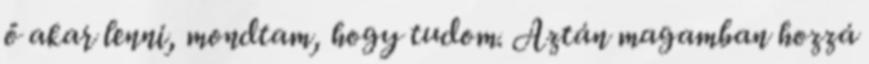
ő akar lenni, mondtam, hogy tudom. Aztán magamban hozzá